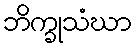
ဘိက္ခုသံဃာ